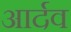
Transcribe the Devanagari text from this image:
आर्दव